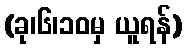
(ခု၊၆၊၁၀မှ ယူရန်)